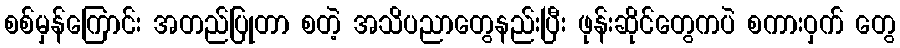
စစ်မှန်ကြောင်း အတည်ပြုတာ စတဲ့ အသိပညာတွေနည်းပြီး ဖုန်းဆိုင်တွေကပဲ စကားဝှက် တွေ